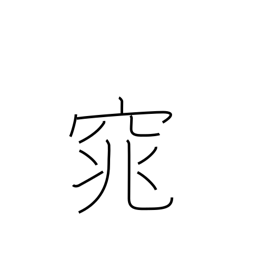
Meaning: quiet